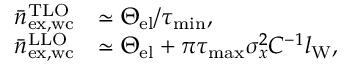
\begin{array} { r l } { \bar { n } _ { \mathrm { e x , w c } } ^ { \mathrm { T L O } } } & { \simeq \Theta _ { \mathrm { e l } } / \tau _ { \mathrm { m i n } } , } \\ { \bar { n } _ { \mathrm { e x , w c } } ^ { \mathrm { L L O } } } & { \simeq \Theta _ { \mathrm { e l } } + \pi \tau _ { \mathrm { m a x } } \sigma _ { x } ^ { 2 } C ^ { - 1 } l _ { \mathrm { W } } , } \end{array}